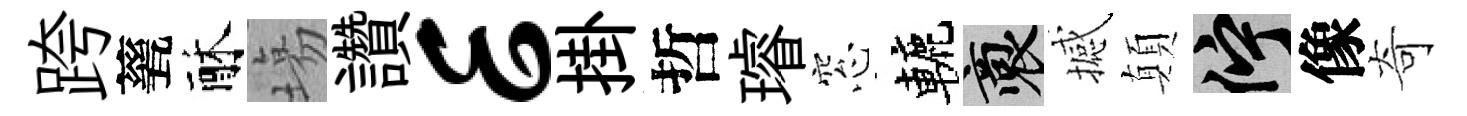
跨甆酥塲讚E掛哲璿窓轆裔撼顛伫像奇